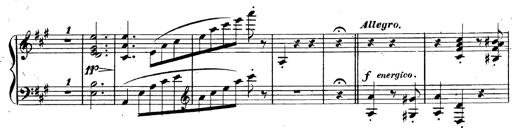
Title: 3 Caprices-Valses
Composer: Franz Liszt